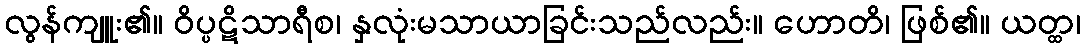
လွန်ကျူး၏။ ဝိပ္ပဋိသာရီစ၊ နှလုံးမသာယာခြင်းသည်လည်း။ ဟောတိ၊ ဖြစ်၏။ ယတ္ထ၊